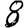
Digit: 8